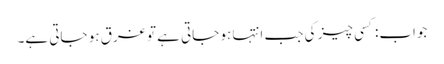
جواب:کسی چیز کی جب انتہا ہو جاتی ہے تو غرق ہو جاتی ہے۔